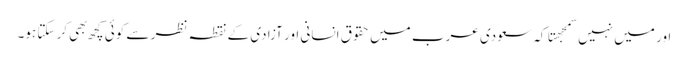
اور میں نہیں سمجهتا کہ سعودی عرب میں حقوق انسانی اور آزادی کے نقطہ نظر سے کوئی کچھ بهی کر سکتا ہو۔